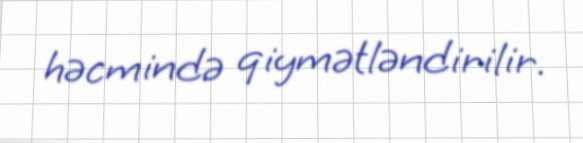
həcmində qiymətləndirilir.